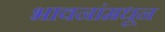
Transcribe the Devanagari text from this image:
भावनांमधून